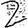
Digit: 2